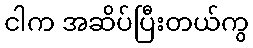
ငါက အဆိပ်ပြီးတယ်ကွ